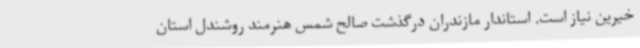
خیرین نیاز است. استاندار مازندران درگذشت صالح شمس هنرمند روشندل استان